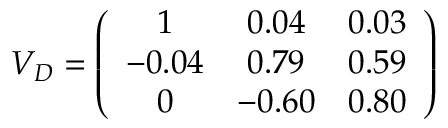
V _ { D } = \left( \begin{array} { c c c } { { 1 } } & { { 0 . 0 4 } } & { { 0 . 0 3 } } \\ { { - 0 . 0 4 } } & { { 0 . 7 9 } } & { { 0 . 5 9 } } \\ { { 0 } } & { { - 0 . 6 0 } } & { { 0 . 8 0 } } \end{array} \right)